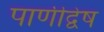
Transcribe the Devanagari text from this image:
पाणीद्वेष